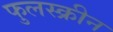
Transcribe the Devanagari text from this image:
फुलस्क्रीन